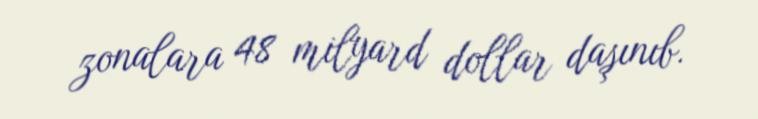
zonalara 48 milyard dollar daşınıb.